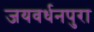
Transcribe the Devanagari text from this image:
जयवर्धनपुरा